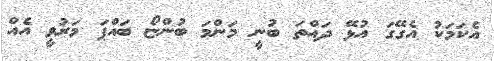
އެކަމަކު އެގޭގަ އުޅޭ ދައްތަ ބުނީ މަންމަ ބުންޏޯ ބައްޕަ މަރުވީ އެއް